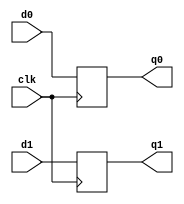
`timescale 1ns / 1ps
//////////////////////////////////////////////////////////////////////////////////
// Company: 
// Engineer: 
// 
// Design Name: 
// Module Name:    reg7 
// Project Name: 
// Target Devices: 
// Tool versions: 
// Description: 
//
// Dependencies: 
//
// Revision: 
// Revision 0.01 - File Created
// Additional Comments: 
//
//////////////////////////////////////////////////////////////////////////////////
module reg7(
    input d0,
    input d1,
    output q0,
    output q1,
    input clk
    );

reg out0, out1;

always @(posedge clk)
begin
	out0 <= d0;
	out1 <= d1;
end

assign q0 = out0;
assign q1 = out1;

endmodule